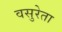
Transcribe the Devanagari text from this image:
वसुरेता